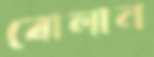
বোলান